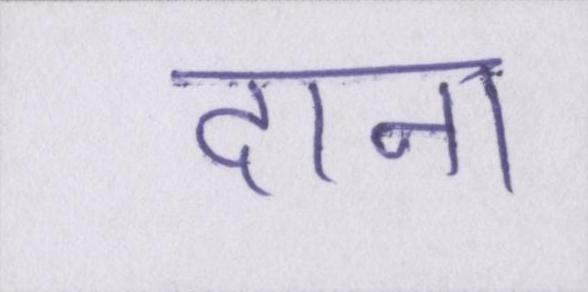
दाना